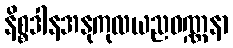
နိစ္စဒါနအနုကုလယညဝဏ္ဏနာ